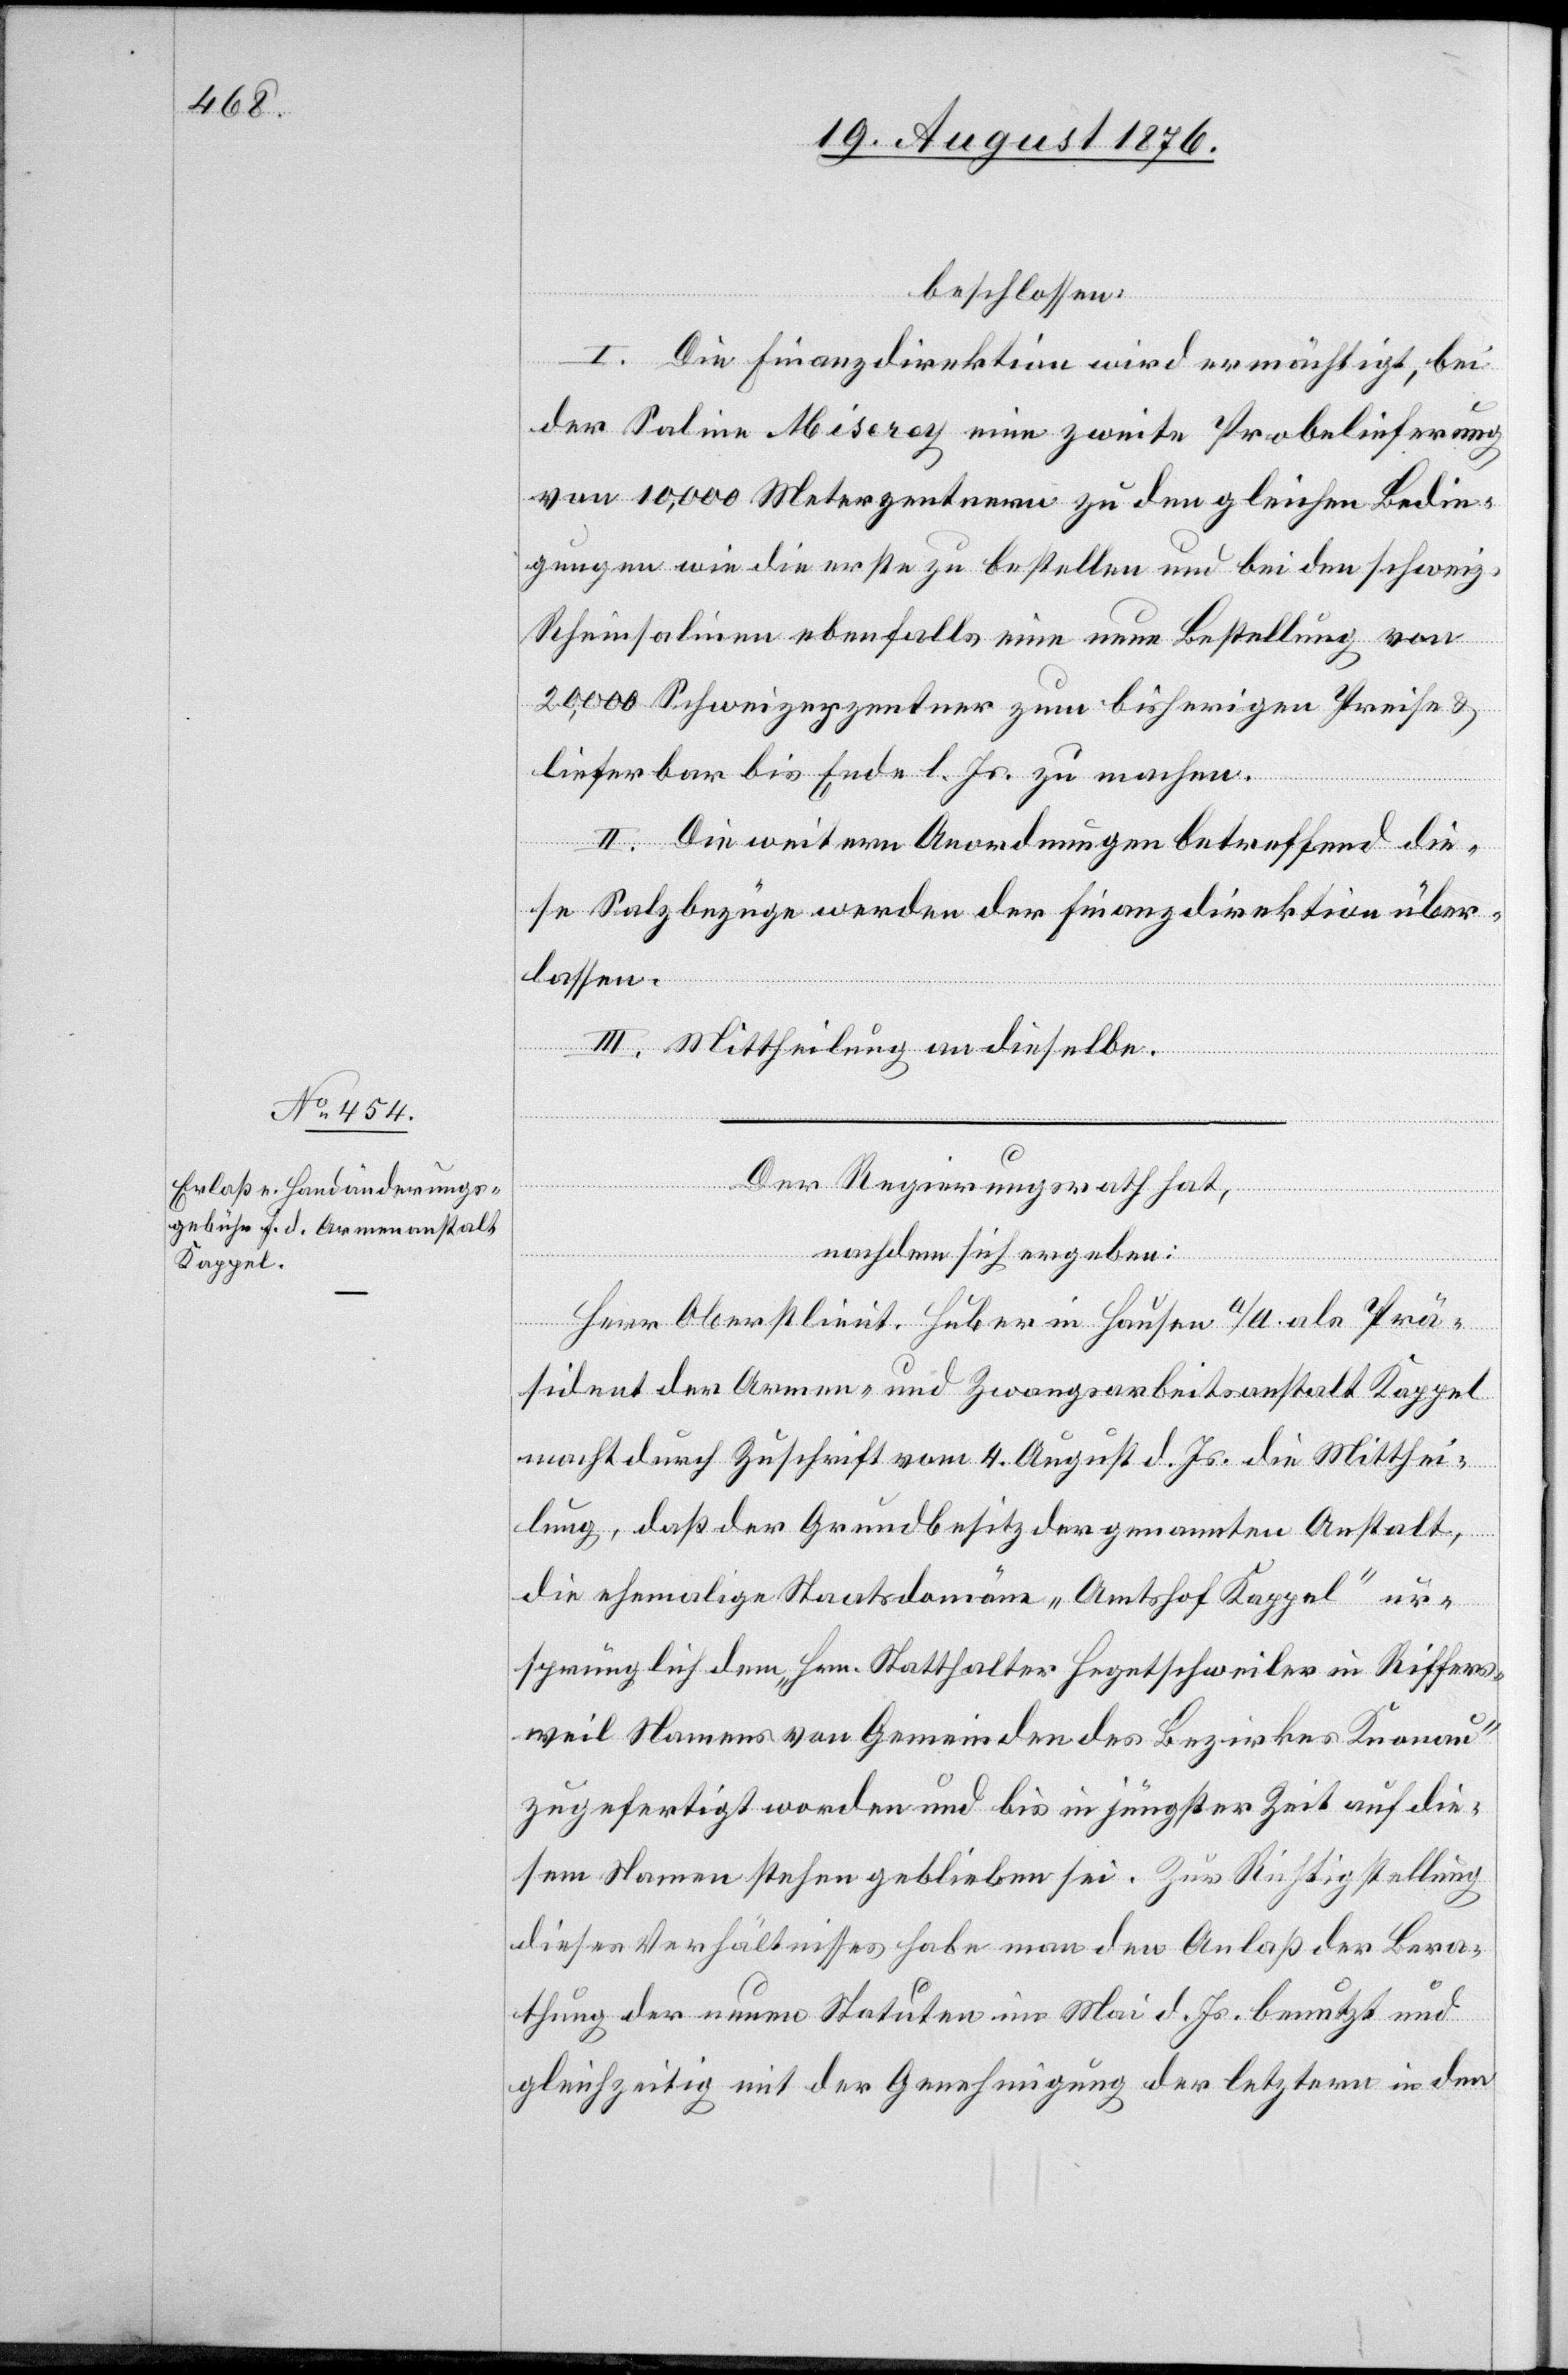
beschlossen:
I. Die Finanzdirektion wird ermächtigt, bei
der Saline Miserey eine zweite Probelieferung
von 10,000 Meterzentnern zu den gleichen Bedin¬
gungen wie die erste zu bestellen und bei den schweiz.
Rheinsalinen ebenfalls eine neue Bestellung von
20,000 Schweizerzentner zum bisherigen Preise &
lieferbar bis Ende l. Js. zu machen.
II. Die weitern Anordnungen betreffend die¬
se Salzbezüge werden der Finanzdirektion über¬
lassen.
III. Mittheilung an dieselbe.
Der Regierungsrath hat
nachdem sich ergeben:
Herr Oberlieut. Huber in Hausen a/A. als Prä¬
sident der Armen- und Zwangsarbeitsanstalt Kappel
macht durch Zuschrift vom 4. August d. Js. die Mitthei¬
lung, daß der Grundbesitz der genannten Anstalt,
die ehemalige Staatsdomäne „Amtshof Kappel“ ur¬
sprünglich dem „Hrn. Statthalter Hegetschweiler in Riffers¬
weil Namens von Gemeinden des Bezirkes Knonau“
zugefertigt worden und bis in jüngster Zeit auf die¬
sem Namen stehen geblieben sei. Zur Richtigstellung
dieses Verhältnisses habe man den Anlaß der Bera¬
thung der neuen Statuten im Mai d. Js. benutzt und
gleichzeitig mit der Genehmigung der letztern in den